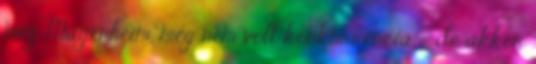
meg Mágenheim, meg nem volt konkurrencia - de akkor